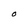
Character: 0